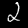
Label: 2